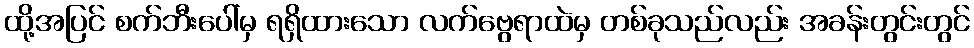
ထို့အပြင် စက်ဘီးပေါ်မှ ရရှိထားသော လက်ဗွေရာထဲမှ တစ်ခုသည်လည်း အခန်းတွင်းတွင်